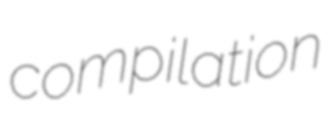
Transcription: compilation